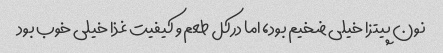
نون پیتزا خیلی ضخیم بود، اما درکل طعم و کیفیت غذا خیلی خوب بود